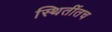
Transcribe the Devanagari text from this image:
स्थितींतच